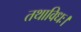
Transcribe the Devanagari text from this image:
तथाविधः।